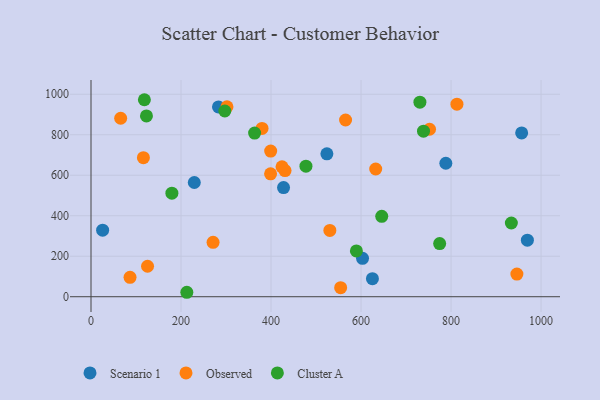
{"axis": {"x": "Experience", "y": "Salary"}, "legend": ["Cluster A", "Observed", "Scenario 1"], "data": [{"x": "25.8", "y": 328.9, "type": "Scenario 1"}, {"x": "788.4", "y": 659.1, "type": "Scenario 1"}, {"x": "956.9", "y": 808.8, "type": "Scenario 1"}, {"x": "427.8", "y": 539.3, "type": "Scenario 1"}, {"x": "625.3", "y": 89.0, "type": "Scenario 1"}, {"x": "969.6", "y": 279.4, "type": "Scenario 1"}, {"x": "524.1", "y": 705.7, "type": "Scenario 1"}, {"x": "603.3", "y": 189.6, "type": "Scenario 1"}, {"x": "229.5", "y": 564.2, "type": "Scenario 1"}, {"x": "283.2", "y": 937.2, "type": "Scenario 1"}, {"x": "116.4", "y": 686.6, "type": "Observed"}, {"x": "399.0", "y": 607.0, "type": "Observed"}, {"x": "424.4", "y": 641.3, "type": "Observed"}, {"x": "554.7", "y": 44.7, "type": "Observed"}, {"x": "632.6", "y": 630.9, "type": "Observed"}, {"x": "565.6", "y": 872.8, "type": "Observed"}, {"x": "431.1", "y": 623.1, "type": "Observed"}, {"x": "946.3", "y": 111.8, "type": "Observed"}, {"x": "380.0", "y": 831.4, "type": "Observed"}, {"x": "813.1", "y": 950.7, "type": "Observed"}, {"x": "302.1", "y": 938.1, "type": "Observed"}, {"x": "271.2", "y": 268.5, "type": "Observed"}, {"x": "399.2", "y": 719.5, "type": "Observed"}, {"x": "530.7", "y": 327.3, "type": "Observed"}, {"x": "86.7", "y": 95.6, "type": "Observed"}, {"x": "752.2", "y": 827.2, "type": "Observed"}, {"x": "65.9", "y": 881.5, "type": "Observed"}, {"x": "125.6", "y": 150.4, "type": "Observed"}, {"x": "589.7", "y": 226.1, "type": "Cluster A"}, {"x": "730.8", "y": 960.9, "type": "Cluster A"}, {"x": "477.6", "y": 644.6, "type": "Cluster A"}, {"x": "363.5", "y": 808.2, "type": "Cluster A"}, {"x": "646.0", "y": 397.1, "type": "Cluster A"}, {"x": "212.9", "y": 22.0, "type": "Cluster A"}, {"x": "297.3", "y": 917.2, "type": "Cluster A"}, {"x": "179.7", "y": 511.3, "type": "Cluster A"}, {"x": "934.0", "y": 364.0, "type": "Cluster A"}, {"x": "774.7", "y": 262.7, "type": "Cluster A"}, {"x": "118.6", "y": 972.9, "type": "Cluster A"}, {"x": "123.2", "y": 892.8, "type": "Cluster A"}, {"x": "738.8", "y": 817.8, "type": "Cluster A"}]}